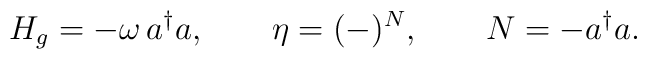
H_g = -\omega\, a^\dagger a, \qquad \eta = (-)^N, \qquad N        = - a^\dagger a.